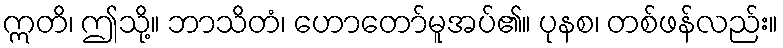
ဣတိ၊ ဤသို့။ ဘာသိတံ၊ ဟောတော်မူအပ်၏။ ပုနစ၊ တစ်ဖန်လည်း။